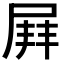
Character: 𡲓